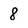
Character: 8